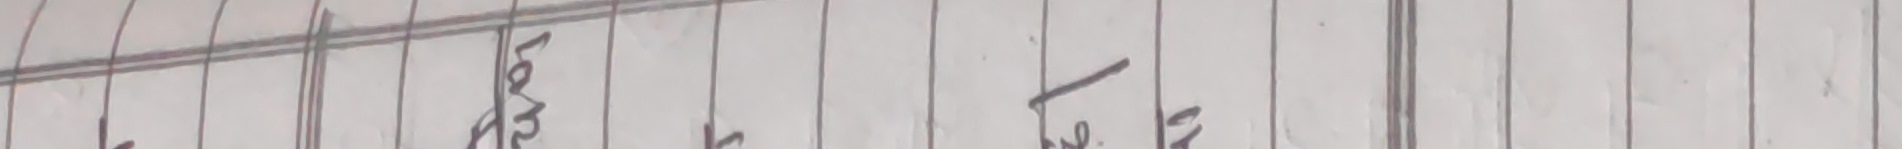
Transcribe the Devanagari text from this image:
लव ले